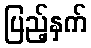
ပြည့်နှက်